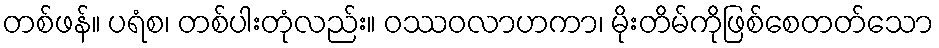
တစ်ဖန်။ ပရံစ၊ တစ်ပါးတုံလည်း။ ဝဿဝလာဟကာ၊ မိုးတိမ်ကိုဖြစ်စေတတ်သော